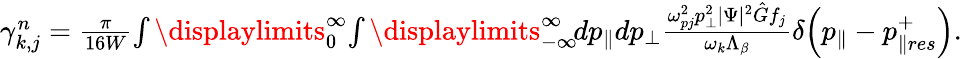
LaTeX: \begin{array}{r}{\gamma_{k,j}^{n}=\frac{\pi}{16W}\! \int\displaylimits_{0}^{\infty}\! \int\displaylimits_{-\infty}^{\infty}\! dp_{\parallel}dp_{\perp}\frac{\omega_{pj}^{2}p_{\perp}^{2}|\Psi|^{2}\hat{G}f_{j}}{\omega_{k}\Lambda_{\beta}}\delta\! \left(p_{\parallel}-p_{\parallel res}^{+}\right).}\end{array}